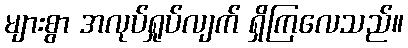
များစွာ အလုပ်ရှုပ်လျက် ရှိကြလေသည်။